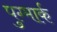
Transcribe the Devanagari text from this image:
पुग्मार्क